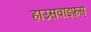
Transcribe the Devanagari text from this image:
हाउसवाइफ़स्